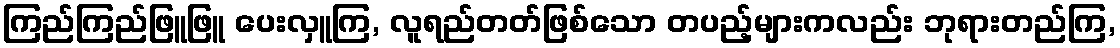
ကြည်ကြည်ဖြူဖြူ ပေးလှူကြ, လူရည်တတ်ဖြစ်သော တပည့်များကလည်း ဘုရားတည်ကြ,